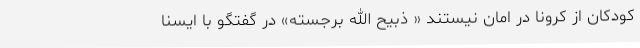
کودکان از کرونا در امان نیستند « ذبیح الله برجسته» در گفتگو با ایسنا